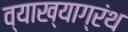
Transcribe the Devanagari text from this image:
व्याख्याग्रंथ